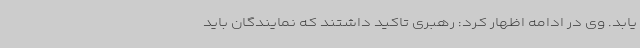
یابد. وی در ادامه اظهار کرد: رهبری تاکید داشتند که نمایندگان باید